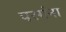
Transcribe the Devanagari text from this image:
परगंना